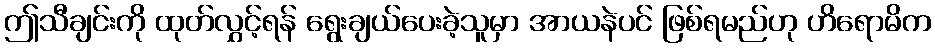
ဤသီချင်းကို ထုတ်လွှင့်ရန် ရွေးချယ်ပေးခဲ့သူမှာ အာယနဲပင် ဖြစ်ရမည်ဟု ဟိရောမိက